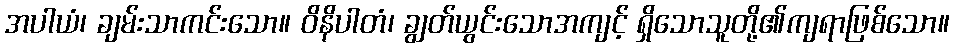
အပါယံ၊ ချမ်းသာကင်းသော။ ဝိနိပါတံ၊ ချွတ်ယွင်းသောအကျင့် ရှိသောသူတို့၏ကျရာဖြစ်သော။